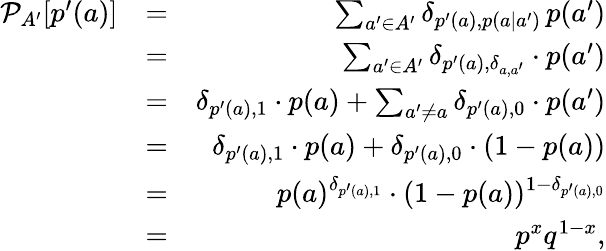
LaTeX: \begin{array}{rlr}{\mathcal{P}_{A^{\prime}}[p^{\prime}(a)]}&{=}&{\sum_{a^{\prime}\in A^{\prime}}\delta_{p^{\prime}(a),p(a|a^{\prime})}\, p(a^{\prime})}\\ &{=}&{\sum_{a^{\prime}\in A^{\prime}}\delta_{p^{\prime}(a),\delta_{a,a^{\prime}}}\cdot p(a^{\prime})}\\ &{=}&{\delta_{p^{\prime}(a),1}\cdot p(a)+\sum_{a^{\prime}\neq a}\delta_{p^{\prime}(a),0}\cdot p(a^{\prime})}\\ &{=}&{\delta_{p^{\prime}(a),1}\cdot p(a)+\delta_{p^{\prime}(a),0}\cdot(1-p(a))}\\ &{=}&{p(a)^{\delta_{p^{\prime}(a),1}}\cdot(1-p(a))^{1-\delta_{p^{\prime}(a),0}}}\\ &{=}&{p^{x}q^{1-x},}\end{array}